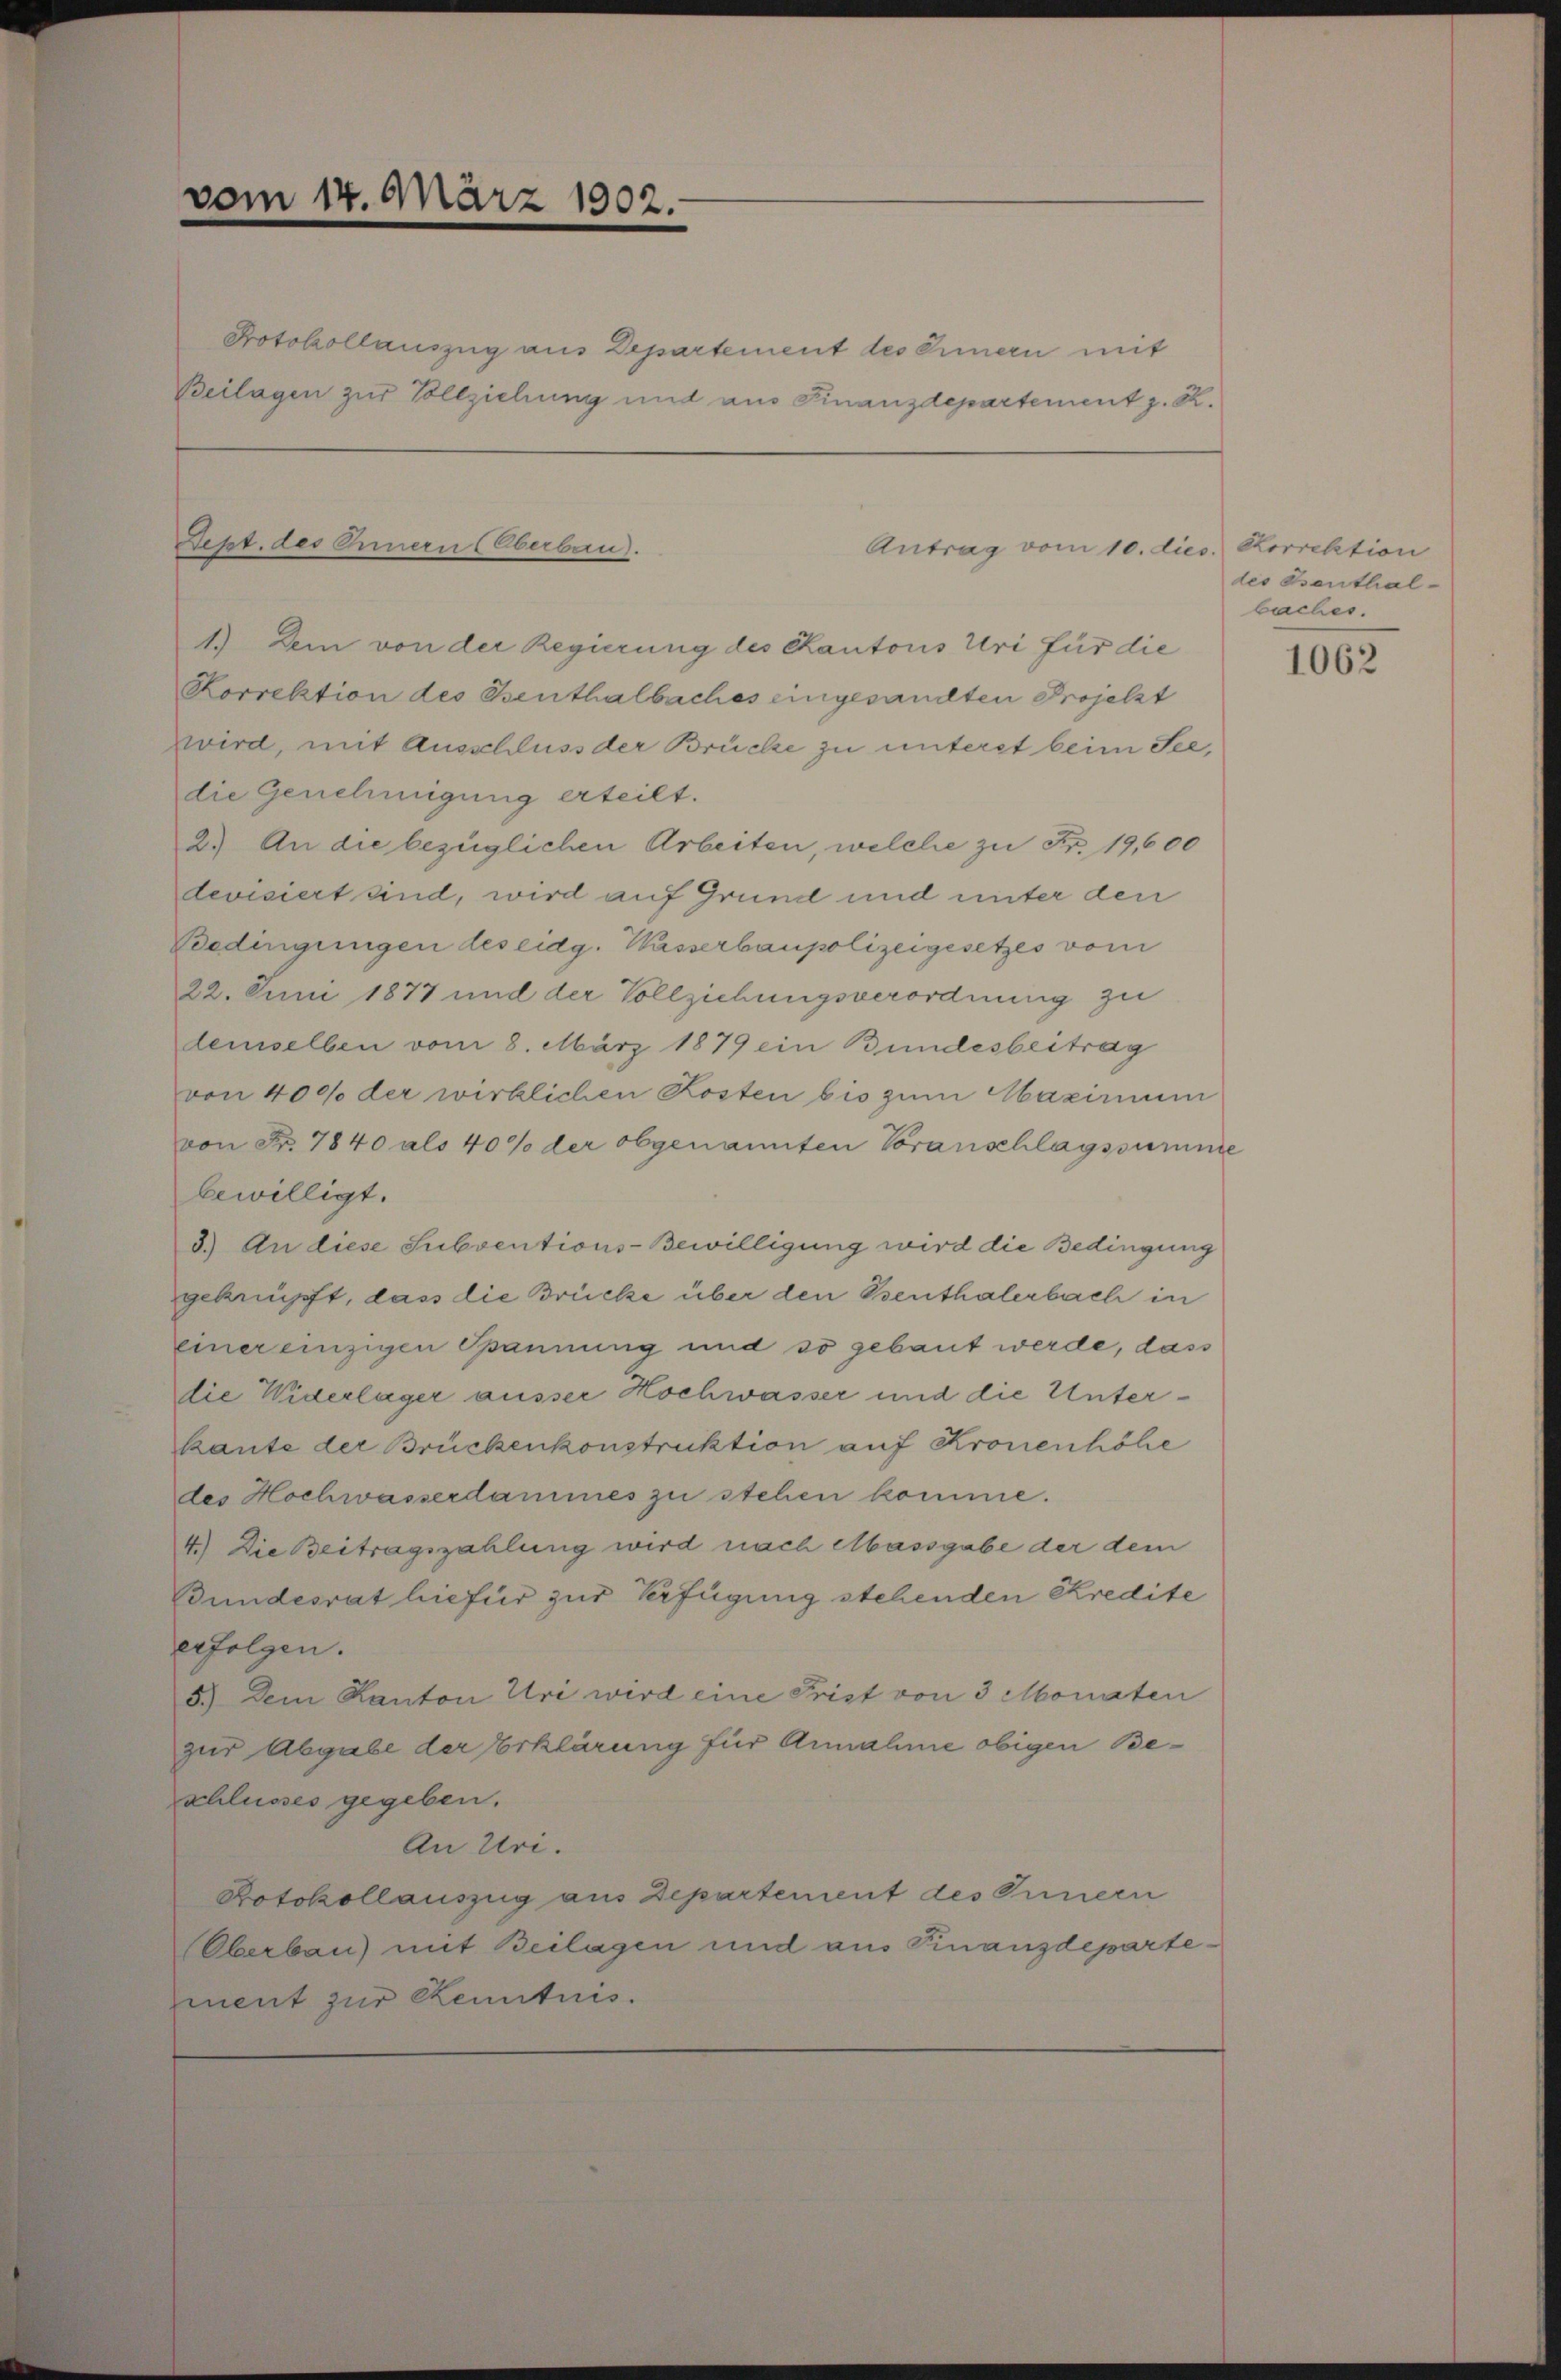
vom 14. März 1902.

Protokollauszug aus Departement des Innern mit
Beilagen zur Vollziehung und ans Finanzdepartement z. R.

Dept. des Innern (Oberben).

Antrag vom 10. die

1.) Dem von der Regierung des Kantons Uri für die
Korrektion des Benthalbaches eingesandten Projetzt
wird, mit Ausschluss der Brücke zu unterst beim See,
die Genehmigung erteilt.
2.) An die bezüglichen Arbeiten, welche zu Fr. 19,600
devisiert sind, wird auf Grund und unter den
Bedingungen des eidg. Wasserbaupolizeigesetzes vom
22. Juni 1877 und der Vollziehungsverordnung zu
demselben vom 8. März 1879 ein Bundesbeitrag
von 400 der wirklichen Kosten bis zum Maximum
von Fr. 7840 als 40% der obgenannten Voranschlagssumme
bewilligt.
3.) An diese Subventions-Bewilligung wird die Bedingung
geknüpft, dass die Brücke über den Benthalerbach in
einer einzigen Spannung und so gebaut werde, dass
die Widerlager ausser Hochwasser und die Unterkante der Brückenkonstruktion auf Kronenhöhe
des Hochwasserdammes zu stehen komme.
4.) Die Beitragszahlung wird nach Massgabe der dem
Bundesrat hiefür zur Verfügung stehenden Kredite
erfolgen.
5.) Dem Kanton Uri wird eine Frist von 3 Monaten
zur Abgabe der Erklärung für Annahme obigen Beschlusses gegeben.
An Uri.
Protokollauszug aus Departement des Innern
Oberbau) mit Beilagen und aus Finanzdepartement zur Kenntnis.

c. Korrektion
des Benthal-
bacher.

1062